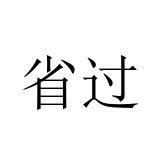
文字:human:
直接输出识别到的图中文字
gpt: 省过